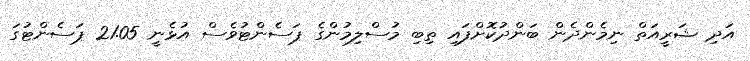
އަދި ޝަރީއަތް ނިމެންދެން ބަންދުކޮށްފައި ތިބި މުސްލިމުންގެ ޕަސެންޓުވެސް އުޅެނީ 21.05 ޕަސެންޓުގަ